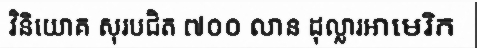
វិនិយោគ សុរបជិត ៧០០ លាន ដុល្លារអាមេរិក